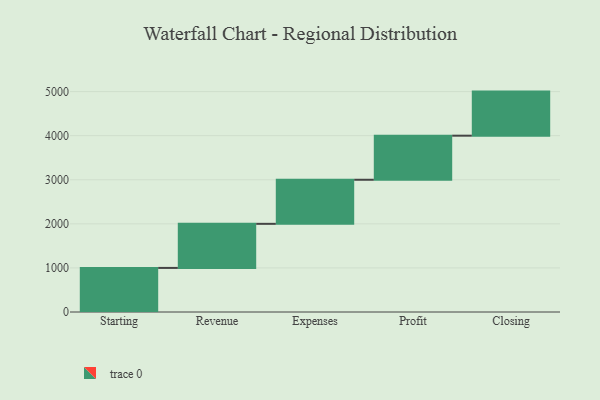
{"axis": {"x": "Step", "y": "Value"}, "legend": [""], "data": [{"x": "Starting", "y": 1000, "type": ""}, {"x": "Revenue", "y": 1000, "type": ""}, {"x": "Expenses", "y": 1000, "type": ""}, {"x": "Profit", "y": 1000, "type": ""}, {"x": "Closing", "y": 1000, "type": ""}]}